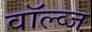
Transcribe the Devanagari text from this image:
वॉल्व्ज